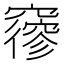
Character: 𥨡